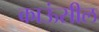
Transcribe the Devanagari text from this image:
काऊंसील